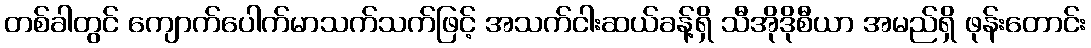
တစ်ခါတွင် ကျောက်ပေါက်မာသက်သက်ဖြင့် အသက်ငါးဆယ်ခန့်ရှိ သီအိုဒိုစီယာ အမည်ရှိ ဖုန်းတောင်း